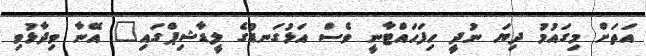
އަތަށް މިގައުމު ދިޔަ ނުދީ ހިފަހައްޓާނީ ވެސް އަޅުގަނޑުގެ ލީޑާޝިޕްގައި" އޭނާ ވިދާޅުވި